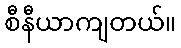
စီနီယာကျတယ်။